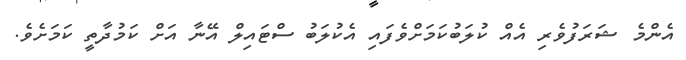
އެންމެ ޝަރަފުވެރި އެއް ކުލަބުކަމަށްވެފައި އެކުލަބު ސްޓައިލް އޭނާ އަށް ކަމުދާތީ ކަމަށެވެ.